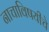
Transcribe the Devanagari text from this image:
नाचाविषयीचे